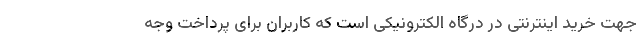
جهت خرید اینترنتی در درگاه الکترونیکی است که کاربران برای پرداخت وجه